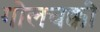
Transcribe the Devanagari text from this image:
गोलचक्की